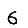
Digit: 6